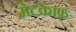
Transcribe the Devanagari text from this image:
मेटकाफ़